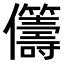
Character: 𠑥